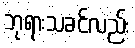
ဘုရားသခင်လည်း